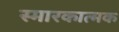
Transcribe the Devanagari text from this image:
स्मारकात्मक